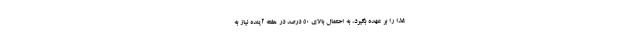
غذا را بر عهده بگیرد، به احتمال بالای ۵۰ درصد در هفته آینده نیاز به